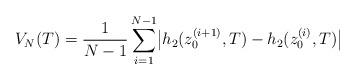
LaTeX: \begin{align*}V_N(T)=\frac{1}{N-1}\sum_{i=1}^{N-1}\bigl|h_2(z_0^{(i+1)},T)-h_2(z_0^{(i)},T)\bigr|\end{align*}